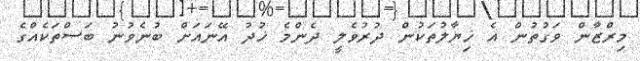
މިރްޒާން ވަގުތުން އެ ޚިޔާލުތަކުން ދުރުވެލީ ދެންމެ ޚުދު އޭނައަށް ބުނެވުނު ބަސްތަކެއްގެ